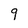
Character: 9